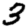
Digit: 3